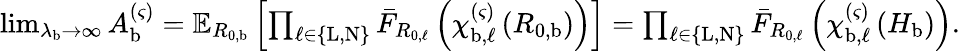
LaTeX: \begin{array}{r}{\operatorname*{lim}_{\lambda_{\mathrm{b}}\rightarrow\infty}A_{\mathrm{b}}^{\left(\varsigma\right)}=\mathbb{E}_{R_{0,\mathrm{b}}}\left[\prod_{\ell\in\left\{ \mathrm{L},\mathrm{N}\right\} }{\bar{F}_{R_{0,\ell}}\left(\chi_{\mathrm{b},\ell}^{\left(\varsigma\right)}\left(R_{0,\mathrm{b}}\right)\right)}\right]=\prod_{\ell\in\left\{ \mathrm{L},\mathrm{N}\right\} }{\bar{F}_{R_{0,\ell}}\left(\chi_{\mathrm{b},\ell}^{\left(\varsigma\right)}\left(H_{\mathrm{b}}\right)\right)}.}\end{array}